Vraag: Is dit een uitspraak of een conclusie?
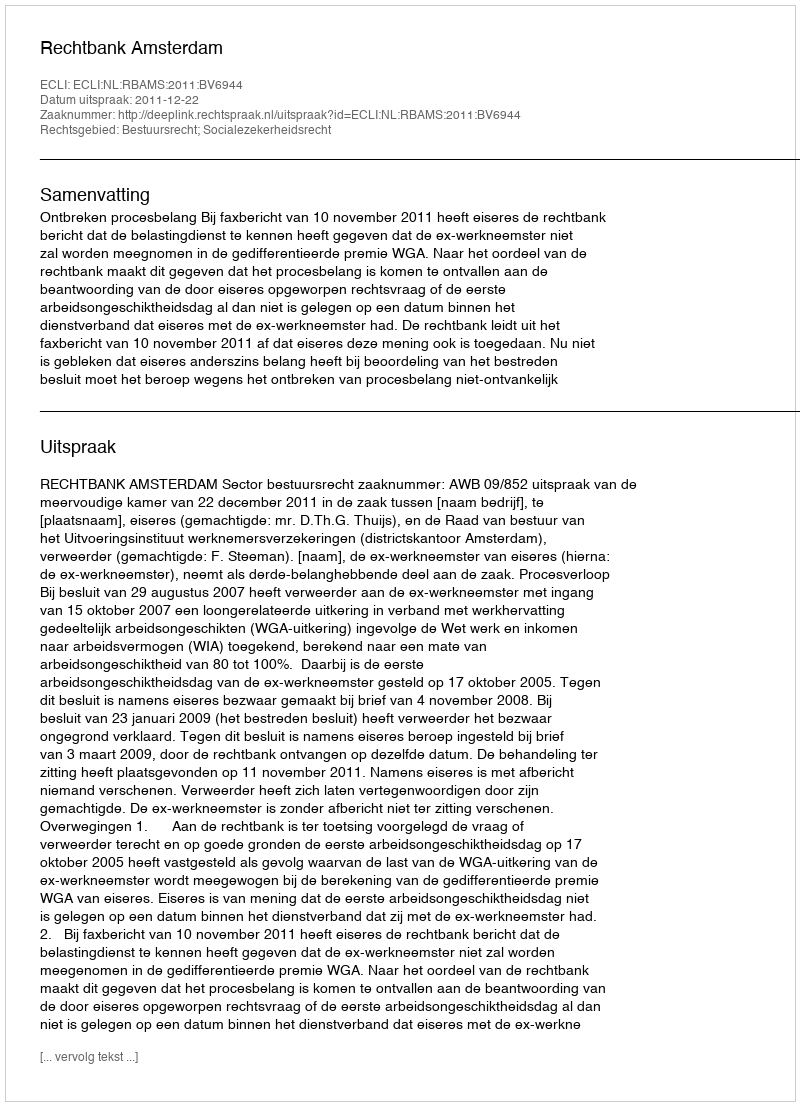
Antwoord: Uitspraak